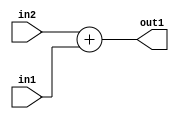
`timescale 1ps / 1ps
/*****************************************************************************
    Verilog RTL Description
    
    
    Created by: Stratus DpOpt 2019.1.01 
*******************************************************************************/

module st_feature_addr_gen_Add_16Ux8U_17U_4_4 (
	in2,
	in1,
	out1
	); /* architecture "behavioural" */ 
input [15:0] in2;
input [7:0] in1;
output [16:0] out1;
wire [16:0] asc001;

assign asc001 = 
	+(in2)
	+(in1);

assign out1 = asc001;
endmodule

/* CADENCE  ubLySQ0= : u9/ySgnWtBlWxVPRXgAZ4Og= ** DO NOT EDIT THIS LINE ******/